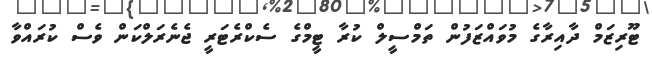
ޓޫރިޒަމް ދާއިރާގެ މުވައްޒަފުން ތަމްސީލް ކުރާ ޓީމްގެ ސެކްރެޓަރީ ޖެނެރަލްކަން ވެސް ކުރައްވާ